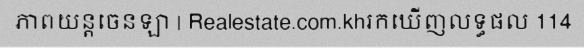
ភាពយន្តចេនឡា | Realestate.com.khរកឃើញលទ្ធផល 114